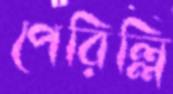
পেরিল্লি